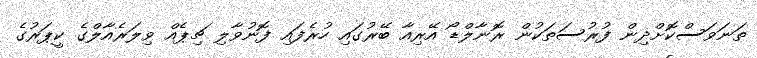
ތަނަވަސްކޮށްދިން ފުރުސަތަކުން ރޮނާލްޑޯ އޭރިއާ ބޭރުގައި ހުރެފައި ފޮނުވާލި ޗިޕެއް ވިލަރެއާލްގެ ކީޕަރުގެ